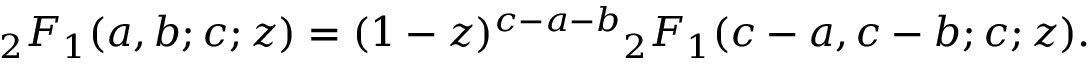
{ } _ { 2 } F _ { 1 } ( a , b ; c ; z ) = ( 1 - z ) ^ { c - a - b } { } _ { 2 } F _ { 1 } ( c - a , c - b ; c ; z ) .